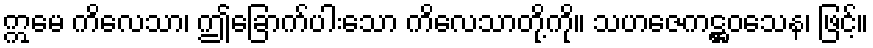
ဣမေ ကိလေသာ၊ ဤခြောက်ပါးသော ကိလေသာတို့ကို။ သဟဇေကဋ္ဌဝသေန၊ ဖြင့်။